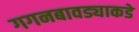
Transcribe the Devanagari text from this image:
गगनबावड्याकडे